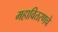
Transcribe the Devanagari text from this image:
महावितरणचे